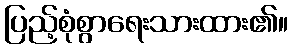
ပြည့်စုံစွာရေးသားထား၏။